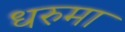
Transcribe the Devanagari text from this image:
धरुमा